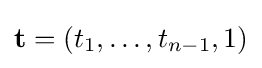
\mathbf {t} =(t_{1},\ldots ,t_{n-1},1)